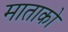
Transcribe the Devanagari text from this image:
माताको